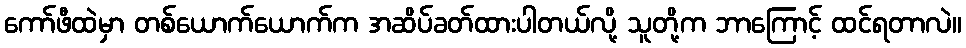
ကော်ဖီထဲမှာ တစ်ယောက်ယောက်က အဆိပ်ခတ်ထားပါတယ်လို့ သူတို့က ဘာကြောင့် ထင်ရတာလဲ။